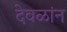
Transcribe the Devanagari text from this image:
देवळांन